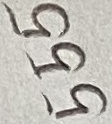
Text: 555